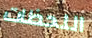
اللحظات